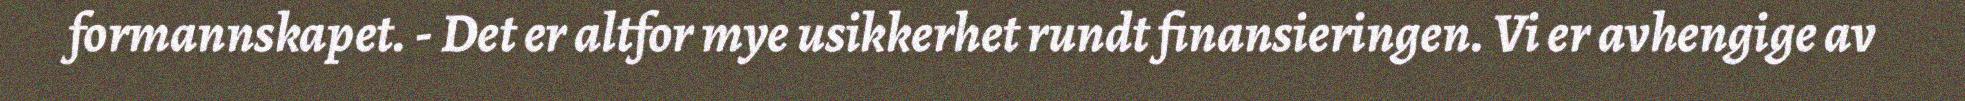
formannskapet. - Det er altfor mye usikkerhet rundt finansieringen. Vi er avhengige av